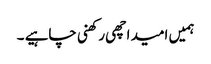
ہمیں امید اچھی رکھنی چاہیے ۔